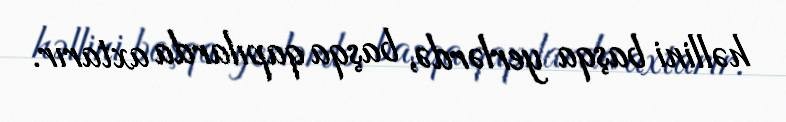
həllini başqa yerlərdə, başqa qapılarda axtarır.